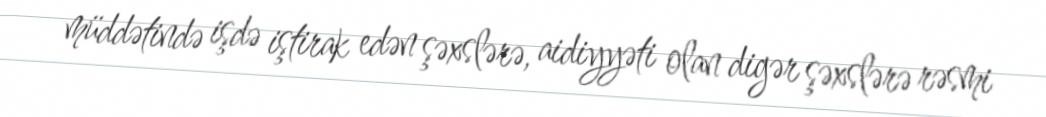
müddətində işdə iştirak edən şəxslərə, aidiyyəti olan digər şəxslərə rəsmi